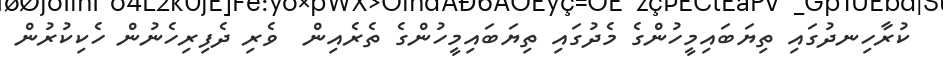
ކުރާހިނދުގައި ތިޔަބައިމީހުންގެ މެދުގައި ތިޔަބައިމީހުންގެ ތެރެއިން  ވެރި ދެފިރިހެނުން ހެކިކުރުން